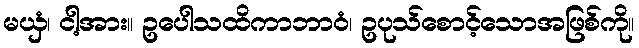
မယှံ၊ ငါ့အား။ ဥပေါသထိကာဘာဝံ၊ ဥပုသ်စောင့်သောအဖြစ်ကို။